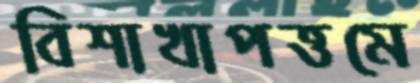
বিশাখাপত্তমে